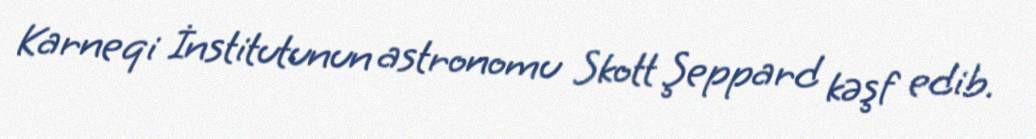
Karneqi İnstitutunun astronomu Skott Şeppard kəşf edib.